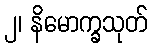
၂၊ နိမောက္ခသုတ်